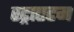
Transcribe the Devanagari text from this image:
स्ट्राएटम